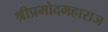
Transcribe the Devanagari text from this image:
श्रीप्रमोदमहाराज